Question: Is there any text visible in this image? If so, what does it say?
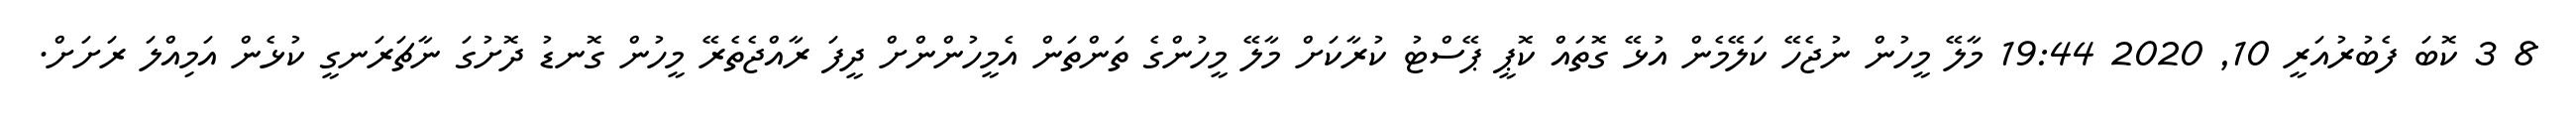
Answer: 8 3 ކޮބަ ފެބުރުއަރީ 10, 2020 19:44 މާލޭ މީހުން ނުޖެހޭ ކަލޭމެން އުޅޭ ގޮތައް ކޮޕީ ޕޭސްޓު ކުރާކަށް މާލޭ މީހުންގެ ތަންތަން އެމީހުންންށް ދީފަ ރާއްޖެތެރޭ މީހުން ގޮނޑު ދޮށުގަ ނާޗަރަނގީ ކުޅެން އަމިއްލަ ރަށަށް.